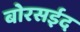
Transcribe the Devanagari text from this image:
बोरसईद